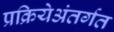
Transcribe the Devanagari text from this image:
प्रक्रियेअंतर्गत